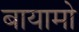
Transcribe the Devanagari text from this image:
बायामो